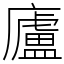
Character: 廬